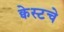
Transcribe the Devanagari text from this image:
क्वेस्टचे